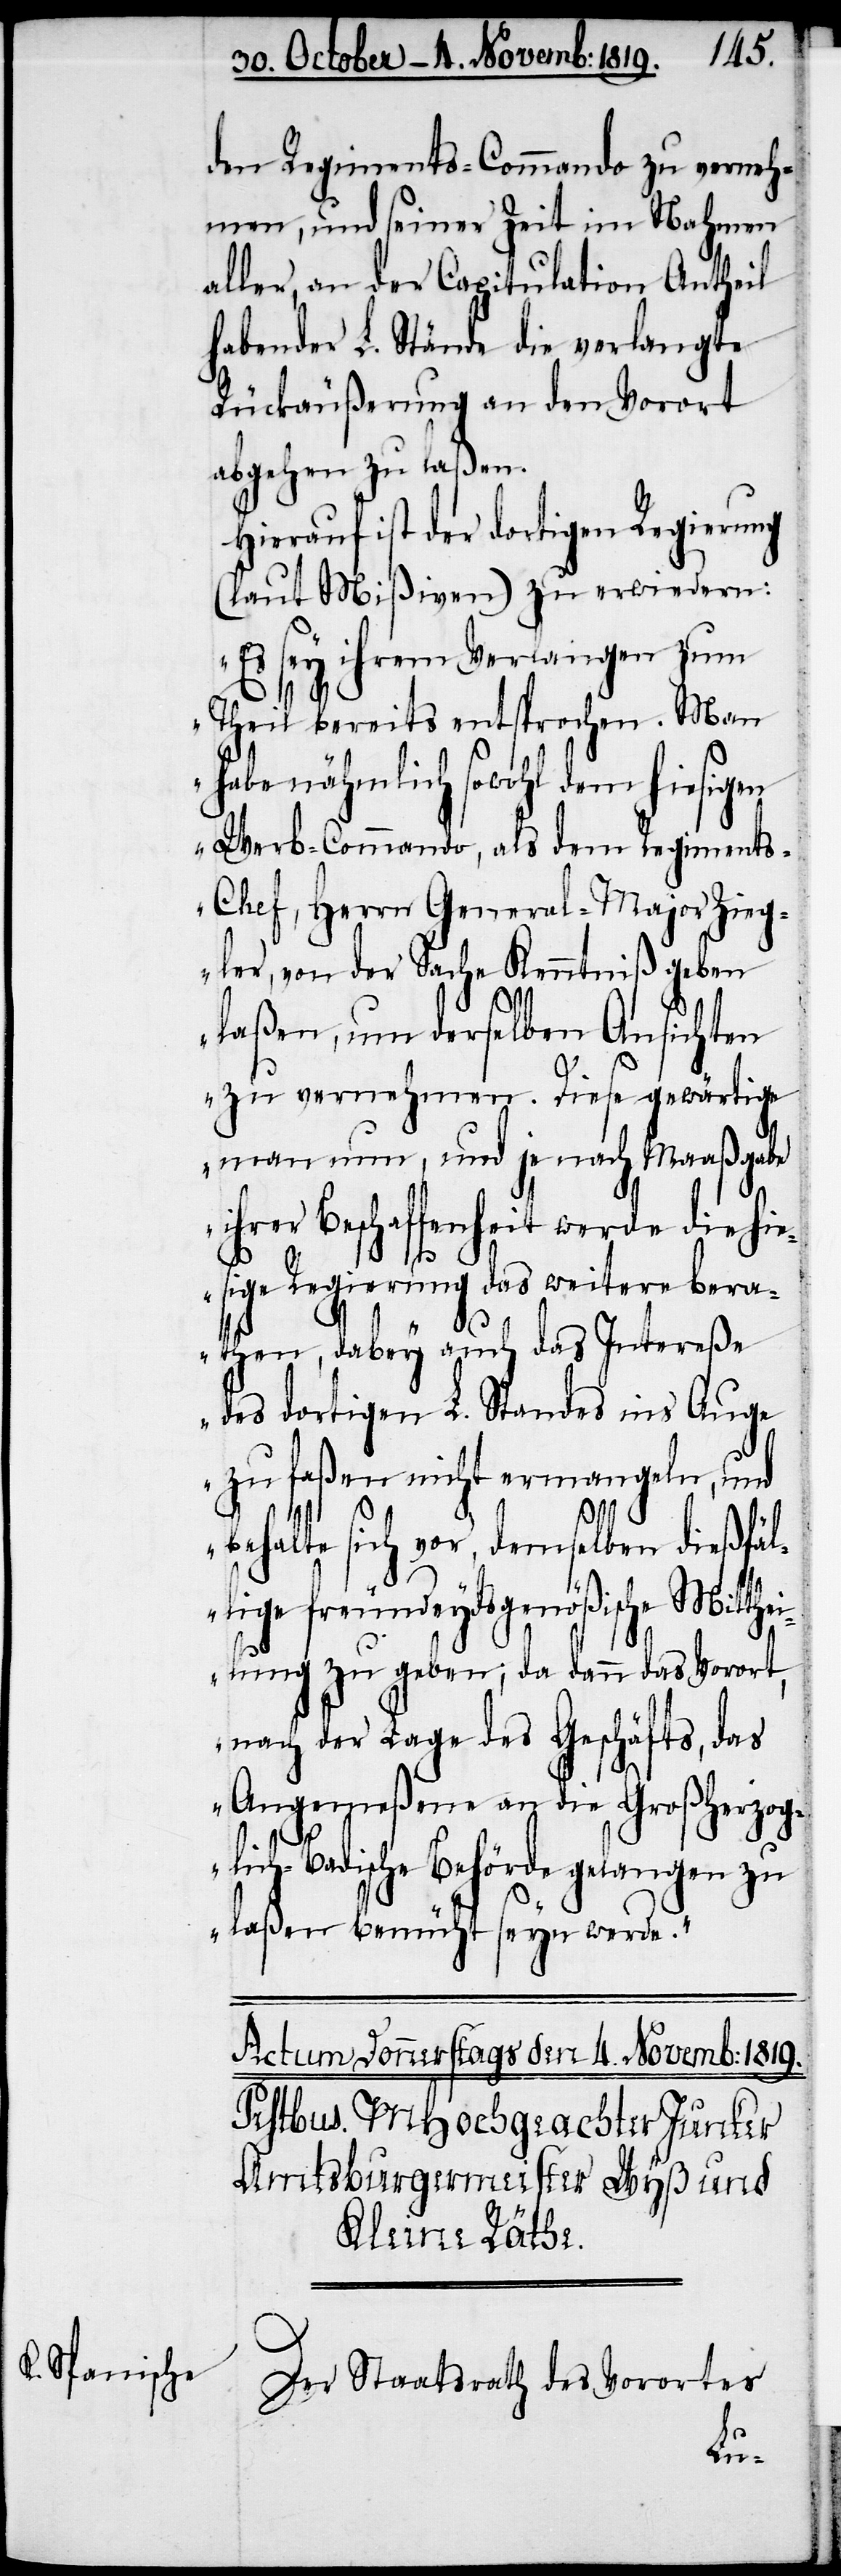
den Regiments-Commando zu verneh¬
men, und seiner Zeit im Nahmen
aller, an der Capitulation Antheil
habender L. Stände die verlangte
Rückäußerung an den Vorort
abgehen zu laßen.
Hierauf ist der dortigen Regierung
(laut Mißiven) zu erwiedern:
„Es sey ihrem Verlangen zum
Theil bereits entsprochen. Man
habe nähmlich sowohl dem hiesigen
Werb-Commando, als dem Regiment¬
s-Chef, Herrn General-Major Zieg¬
ler, von der Sache Kenntniß geben
laßen, um derselben Ansichten
zu vernehmen. Diese gewärtige
man nun, und je nach Maaßgabe
ihrer Beschaffenheit werde die hi¬
esige Regierung das weitere bera¬
then, dabey auch das Intereße
des dortigen L. Standes ins Auge
zu faßen nicht ermangeln, und
behalte sich vor, demselben dießfäl¬
lige freundeydsgenößische Mitthe¬
ilung zu geben; da dann das Vorort,
nach der Lage des Geschäfts, das
Angemeßene an die Großherzog¬
lich-Badische Behörde gelangen zu
laßen bemüht seyn werde.“
Der Staatsrath des Vorortes